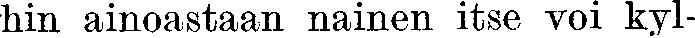
hin ainoastaan nainen itse voi kyl-